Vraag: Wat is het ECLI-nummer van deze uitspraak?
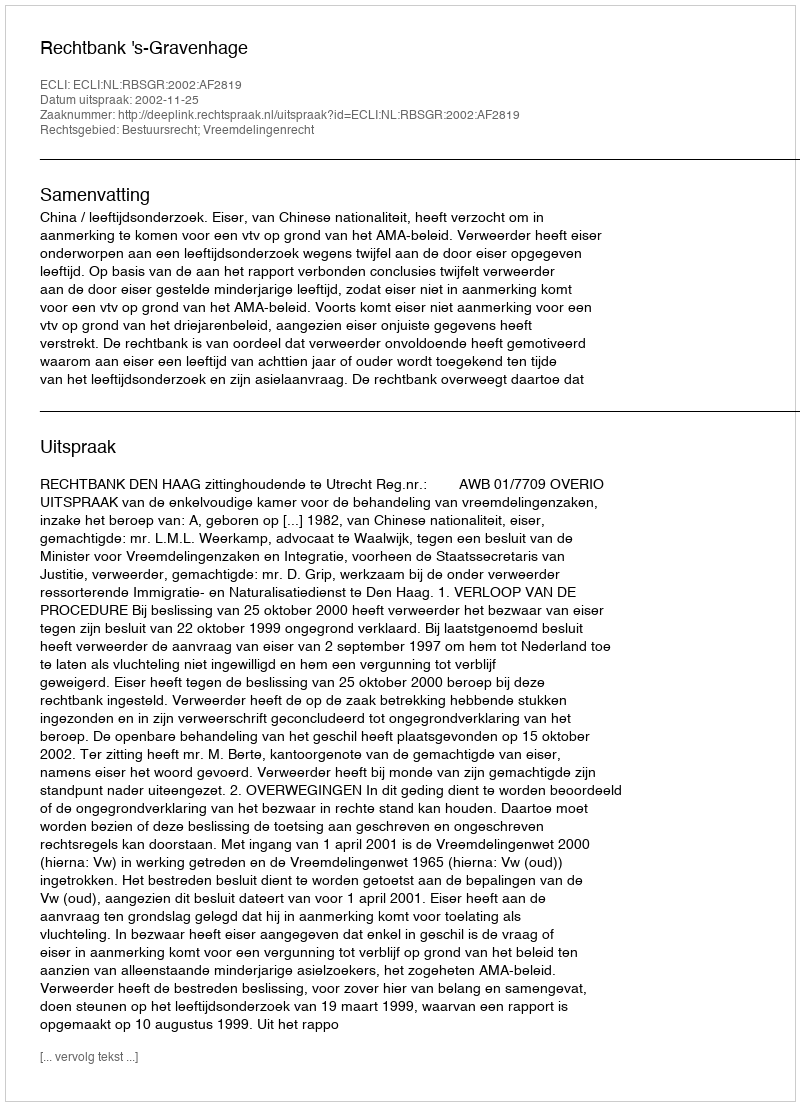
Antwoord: ECLI:NL:RBSGR:2002:AF2819